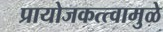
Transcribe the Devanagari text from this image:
प्रायोजकत्त्वामुळे